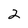
Character: 2